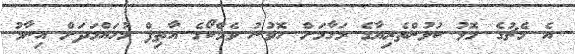
އެ މެޗުގެ މޮޅު ކުޅުންތެރިޔާގެ މަގާމަށް ހޮވުނު ވެމްކޯގެ އާތިފް މުހައްމަދަށް އިނާމު